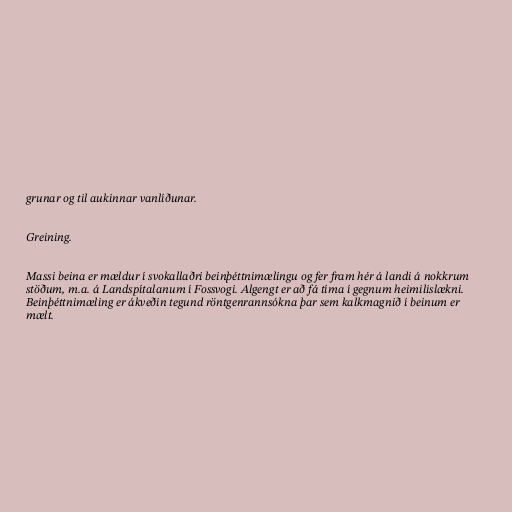
grunar og til aukinnar vanlíðunar.

Greining.

Massi beina er mældur í svokallaðri beinþéttnimælingu og fer fram hér á landi á nokkrum
stöðum, m.a. á Landspítalanum í Fossvogi. Algengt er að fá tíma í gegnum heimilislækni.
Beinþéttnimæling er ákveðin tegund röntgenrannsókna þar sem kalkmagnið í beinum er
mælt.